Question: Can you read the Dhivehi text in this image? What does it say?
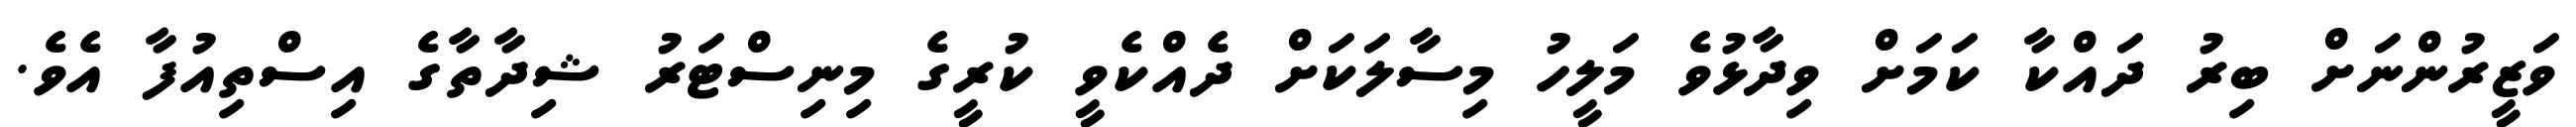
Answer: ވަޒީރުންނަށް ބިރު ދައްކާ ކަމަށް ވިދާޅުވެ މަލީހު މިސާލަކަށް ދެއްކެވީ ކުރީގެ މިނިސްޓަރު ޝިދާތާގެ އިސްތިއުފާ އެވެ.